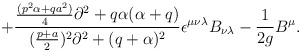
\begin{align*}+{{{{(p^2\alpha+qa^2)}\over 4}\partial^2+q\alpha (\alpha+q)}\over{({{p+a}\over 2})^2\partial^2+(q+\alpha )^2}}\epsilon^{\mu\nu\lambda}B_{\nu\lambda} -{1\over {2g}}B^\mu.\end{align*}